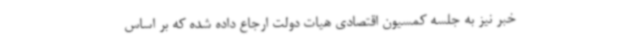
خبر نیز به جلسه کمسیون اقتصادی هیات دولت ارجاع داده شده که بر اساس